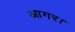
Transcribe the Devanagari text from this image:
आगर।